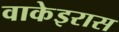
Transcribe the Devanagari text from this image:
वाकेइरास